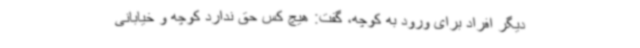
دیگر افراد برای ورود به کوچه، گفت: هیچ کس حق ندارد کوچه و خیابانی